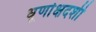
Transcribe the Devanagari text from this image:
धूर्णाक्षदर्शी